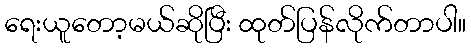
ရေးယူတော့မယ်ဆိုပြီး ထုတ်ပြန်လိုက်တာပါ။